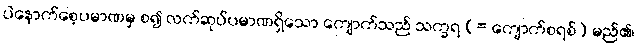
ပဲနောက်စေ့ပမာဏမှ စ၍ လက်ဆုပ်ပမာဏရှိသော ကျောက်သည် သက္ခရ (= ကျောက်စရစ်) မည်၏၊